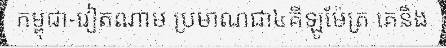
កម្ពុជា-វៀតណាម ប្រមាណជា៤គីឡូម៉ែត្រ គេនឹង